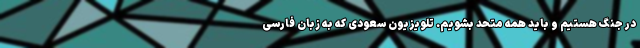
در جنگ هستیم و باید همه متحد بشویم. تلویزیون سعودی که به زبان فارسی